Leaving Certificate Examination, 1910
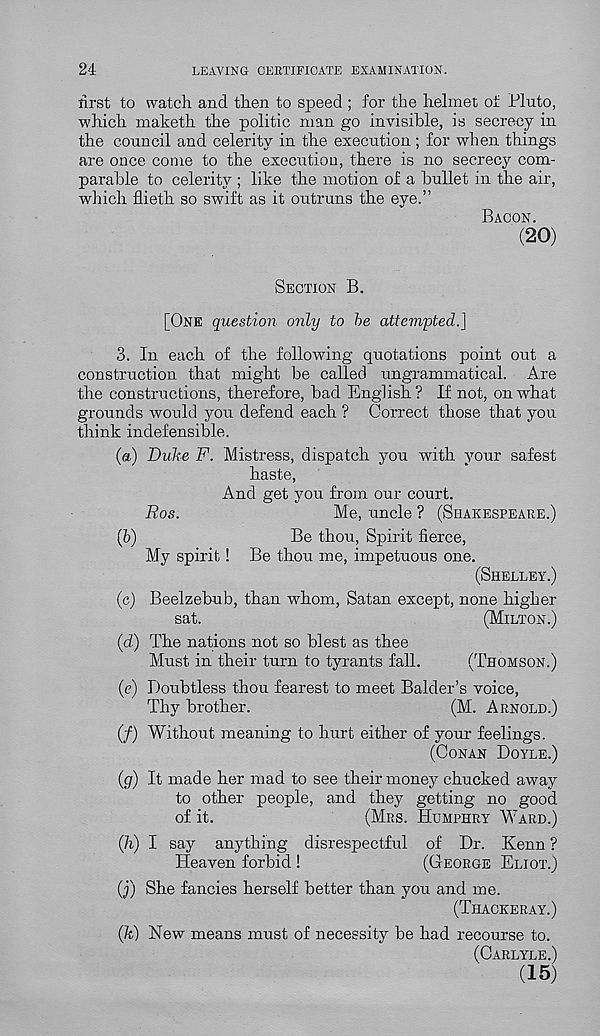
24
LEAVING CERTIFICATE EXAMINATION.
first to watch and then to speed ; for the helmet of Pluto,
which maketh the politic man go invisible, is secrecy in
the council and celerity in the execution ; for when things
are once come to the execution, there is no secrecy com-
parable to celerity ; like the motion of a bullet in the air,
which flieth so swift as it outruns the eye.”
BACON.
(20)
SECTION B.
[ONE question only to be attempted.]
3. In each of the following quotations point out a
construction that might be called ungrammatical. Are
the constructions, therefore, bad English? If not, on what
grounds would you defend each ? Correct those that you
think indefensible.
(а) Duke F. Mistress, dispatch you with your safest
haste,
And get you from our court.
Ros.
Me, uncle ? (SHAKESPEARE.)
(б)
Be thou, Spirit fierce,
My spirit ! Be thou me, impetuous one.
(SHELLEY.)
(c) Beelzebub, than whom, Satan except, none higher
sat.
(MILTON.)
(d) The nations not so blest as thee
Must in their turn to tyrants fall.
(THOMSON.)
(e) Doubtless thou fearest to meet Balder’s voice,
Thy brother.
(M. ARNOLD.)
(/) Without meaning to hurt either of your feelings.
(CONAN DOYLE.)
(g) It made her mad to see their money chucked away
to other people, and they getting no good
of it.
(MRS. HUMPHRY WARD.)
(li) I say anything disrespectful of Dr. Kenn ?
Heaven forbid !
(GEORGE ELIOT.)
(j) She fancies herself better than you and me.
(THACKERAY.)
(It) New means must of necessity be had recourse to.
(CARLYLE.)
(15)